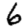
Digit: 6